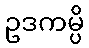
ဥဒကမ္ပိ